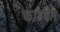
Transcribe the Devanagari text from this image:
कांडवेल